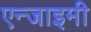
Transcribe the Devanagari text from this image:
एन्जाइमी